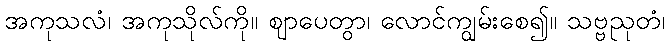
အကုသလံ၊ အကုသိုလ်ကို။ ဈာပေတွာ၊ လောင်ကျွမ်းစေ၍။ သဗ္ဗညုတံ၊